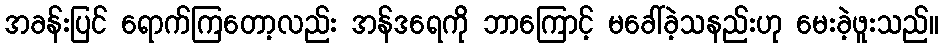
အခန်းပြင် ရောက်ကြတော့လည်း အန်ဒရေကို ဘာကြောင့် မခေါ်ခဲ့သနည်းဟု မေးခဲ့ဖူးသည်။